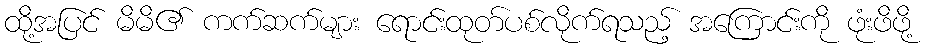
ထို့အပြင် မိမိ၏ ကက်ဆက်များ ရောင်းထုတ်ပစ်လိုက်ရသည့် အကြောင်းကို ဖုံးဖိဖို့